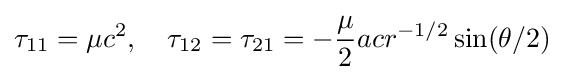
\tau _{11}=\mu c^{2},\quad \tau _{12}=\tau _{21}=-{\frac {\mu }{2}}acr^{-1/2}\sin(\theta /2)